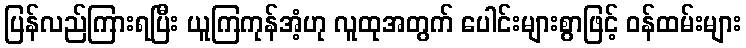
ပြန်လည်ကြားရပြီး ယူကြကုန်အံ့ဟု လူထုအတွက် ပေါင်းများစွာဖြင့် ဝန်ထမ်းများ